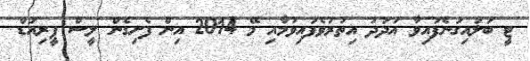
ޓީ ބަލައިގަނެފައިވާ އަދަދު އިތުރުވެފައިވުމާއި މޭ 2014 އިން ފެށިގެން ލީސް ޕީރިއަޑް